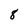
Character: 8